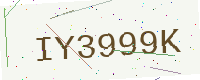
Text: IY3999K